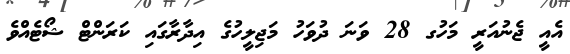
އެއީ ޖެނުއަރީ މަހުގ 28 ވަނަ ދުވަހު މަޖިލީހުގެ އިދާރާގައި ކަރަންޓް ޝޯޓެއްވެެ